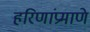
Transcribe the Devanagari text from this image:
हरिणांप्रमाणे